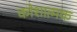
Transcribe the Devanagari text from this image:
कोशात्मक